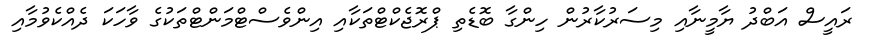
ރައީސް އަބްދު ޔާމީނާއި މިސަރުކާރުން ހިންގާ ބޮޑެތި ޕްރޮޖެކްޓްތަކާއި އިންވެސްޓްމަންޓްތަކުގެ ވާހަކަ ދެއްކެވުމާއި